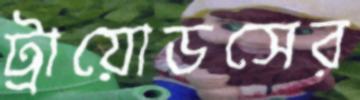
ট্রায়োডসের